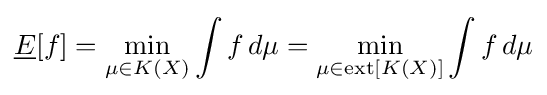
{\underline {E}}[f]=\min _{\mu \in K(X)}\int f\,d\mu =\min _{\mu \in \mathrm {ext} [K(X)]}\int f\,d\mu